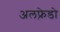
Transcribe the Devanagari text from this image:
अलफ़्रेडो